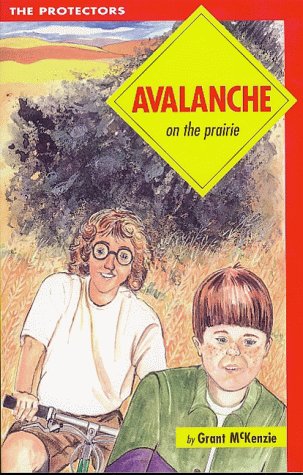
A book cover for Avalanche on the Prairie; Grant McKenzie; Health, Fitness & Dieting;